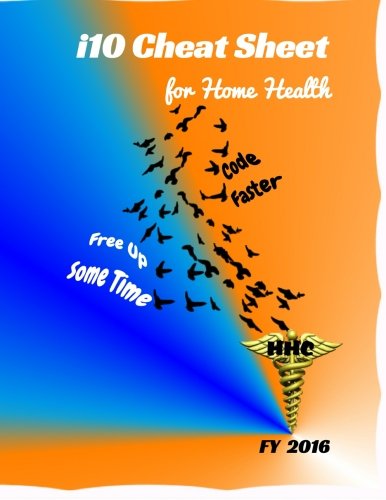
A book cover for i10 Cheat Sheet for Home Health; Jerry Gill; Medical Books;